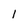
Character: 1